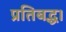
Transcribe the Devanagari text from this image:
प्रतिबद्ध।